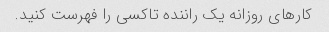
کارهای روزانه یک راننده تاکسی را فهرست کنید.